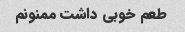
طعم خوبی داشت ممنونم